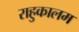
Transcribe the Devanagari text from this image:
राहुकालम